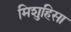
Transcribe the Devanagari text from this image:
मिशुहिसा